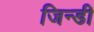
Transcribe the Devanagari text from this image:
जिन्डी